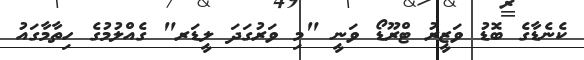
ކެނެޑާގެ ބޮޑު ވަޒީރު ޓްރޫޑޯ ވަނީ "މި ވަރުގަދަ ލީޑަރ" ގެއްލުމުގެ ހިތާމާގައު